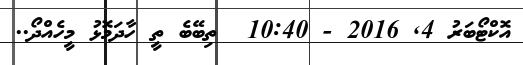
އޮކްޓޯބަރު 4